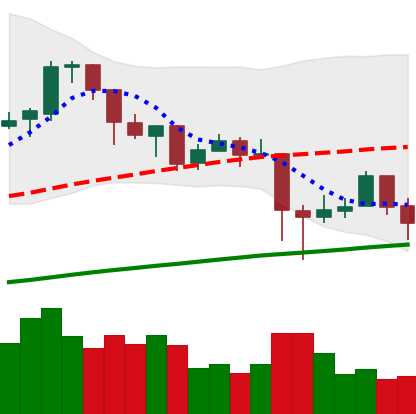
Ticker: BTC-USD
Chart end date: 2018-01-22
Forward return: 4.659%
Label: up_3_5